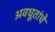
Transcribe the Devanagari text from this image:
अवधूतांचे